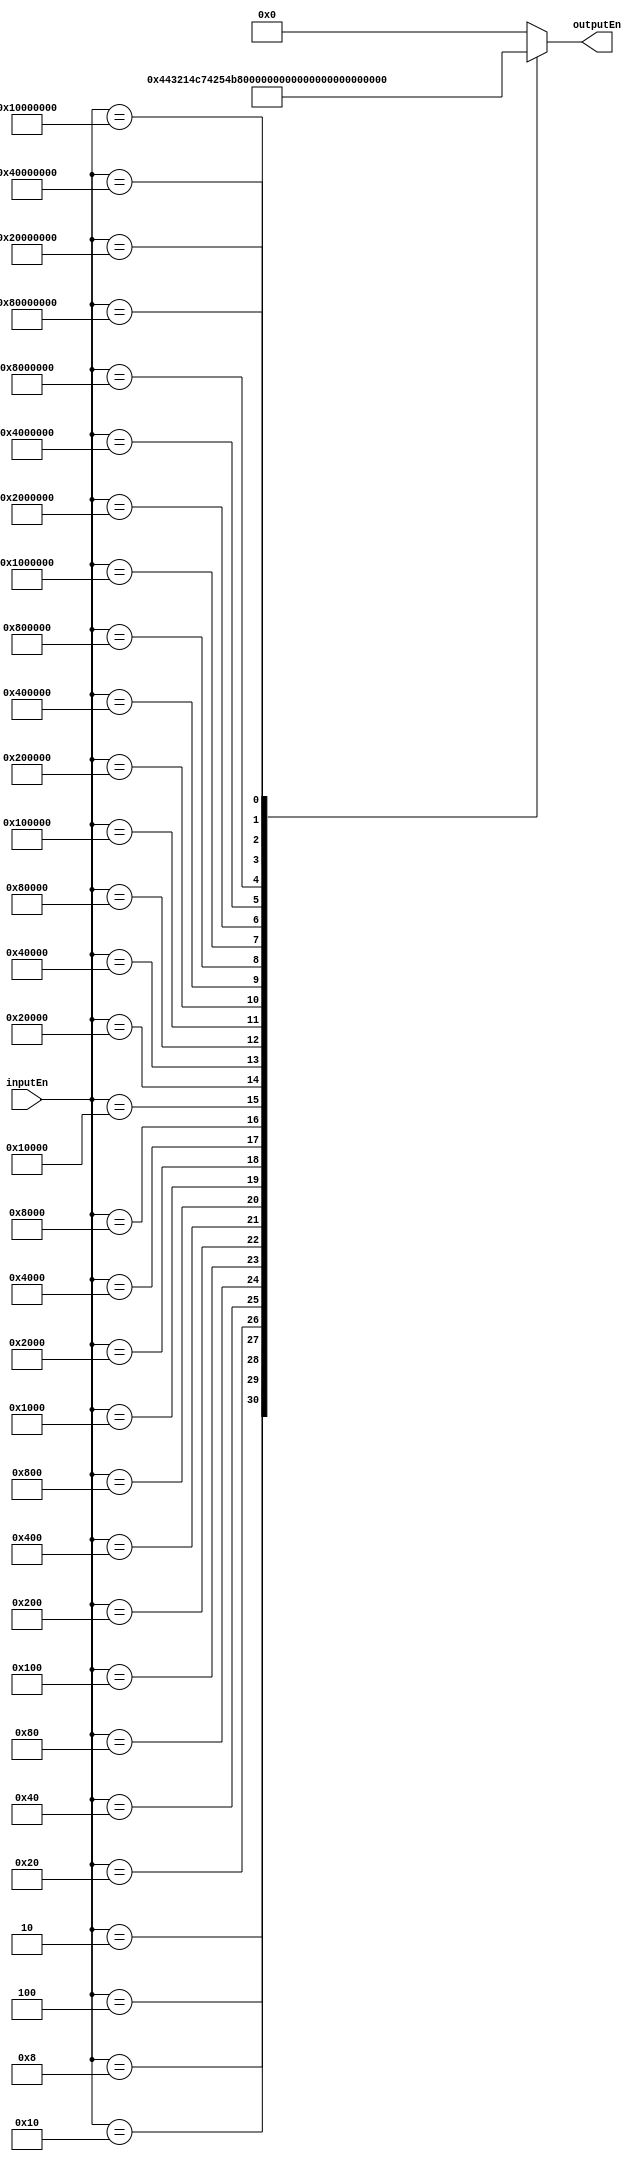
/* also for the bus we need a 32-to-5 encoder, which is a combinational circuit. 
It has 2^n input lines and n output lines. It takes up these 2^n input data and encodes them into n-bit data. 
Therefore, it produces the binary code equivalent of the input line, which is active high */

module encoder(
  output reg [4:0] outputEn,
  input [31:0] inputEn);

  always @(inputEn)
  begin
    case (inputEn)
      'b00000000000000000000000000000001 : outputEn <= 'b00000; //32 bit input to a 4 bit output
      'b00000000000000000000000000000010 : outputEn <= 'b00001;
      'b00000000000000000000000000000100 : outputEn <= 'b00010;
      'b00000000000000000000000000001000 : outputEn <= 'b00011;  
      'b00000000000000000000000000010000 : outputEn <= 'b00100;
      'b00000000000000000000000000100000 : outputEn <= 'b00101;
      'b00000000000000000000000001000000 : outputEn <= 'b00110;
      'b00000000000000000000000010000000 : outputEn <= 'b00111;
      'b00000000000000000000000100000000 : outputEn <= 'b01000;
      'b00000000000000000000001000000000 : outputEn <= 'b01001;
      'b00000000000000000000010000000000 : outputEn <= 'b01010;
      'b00000000000000000000100000000000 : outputEn <= 'b01011;
      'b00000000000000000001000000000000 : outputEn <= 'b01100;
      'b00000000000000000010000000000000 : outputEn <= 'b01101;
      'b00000000000000000100000000000000 : outputEn <= 'b01110;
      'b00000000000000001000000000000000 : outputEn <= 'b01111;  
      'b00000000000000010000000000000000 : outputEn <= 'b10000;
      'b00000000000000100000000000000000 : outputEn <= 'b10001;
      'b00000000000001000000000000000000 : outputEn <= 'b10010;
      'b00000000000010000000000000000000 : outputEn <= 'b10011;
      'b00000000000100000000000000000000 : outputEn <= 'b10100;
      'b00000000001000000000000000000000 : outputEn <= 'b10101;
      'b00000000010000000000000000000000 : outputEn <= 'b10110;
      'b00000000100000000000000000000000 : outputEn <= 'b10111;
      'b00000001000000000000000000000000 : outputEn <= 'b11000;
      'b00000010000000000000000000000000 : outputEn <= 'b11001;
      'b00000100000000000000000000000000 : outputEn <= 'b11010;
      'b00001000000000000000000000000000 : outputEn <= 'b11011;
      'b00010000000000000000000000000000 : outputEn <= 'b11100;
      'b00100000000000000000000000000000 : outputEn <= 'b11101;
      'b01000000000000000000000000000000 : outputEn <= 'b11110;
      'b10000000000000000000000000000000 : outputEn <= 'b11111;
    default: outputEn <= 0;
      
  endcase
  end
endmodule